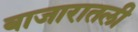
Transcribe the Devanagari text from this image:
बाजारातली